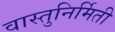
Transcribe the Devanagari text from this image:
वास्तुनिर्मिती